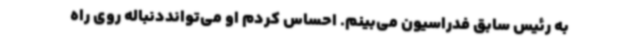
به رئیس سابق فدراسیون می‌بینم. احساس کردم او می‌توانددنباله روی راه